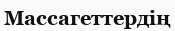
Массагеттердің